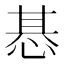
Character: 惎